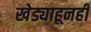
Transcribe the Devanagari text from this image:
खेड्याहूनही